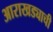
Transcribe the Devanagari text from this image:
आराखड्याची